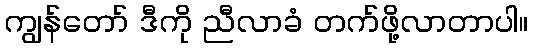
ကျွန်တော် ဒီကို ညီလာခံ တက်ဖို့လာတာပါ။